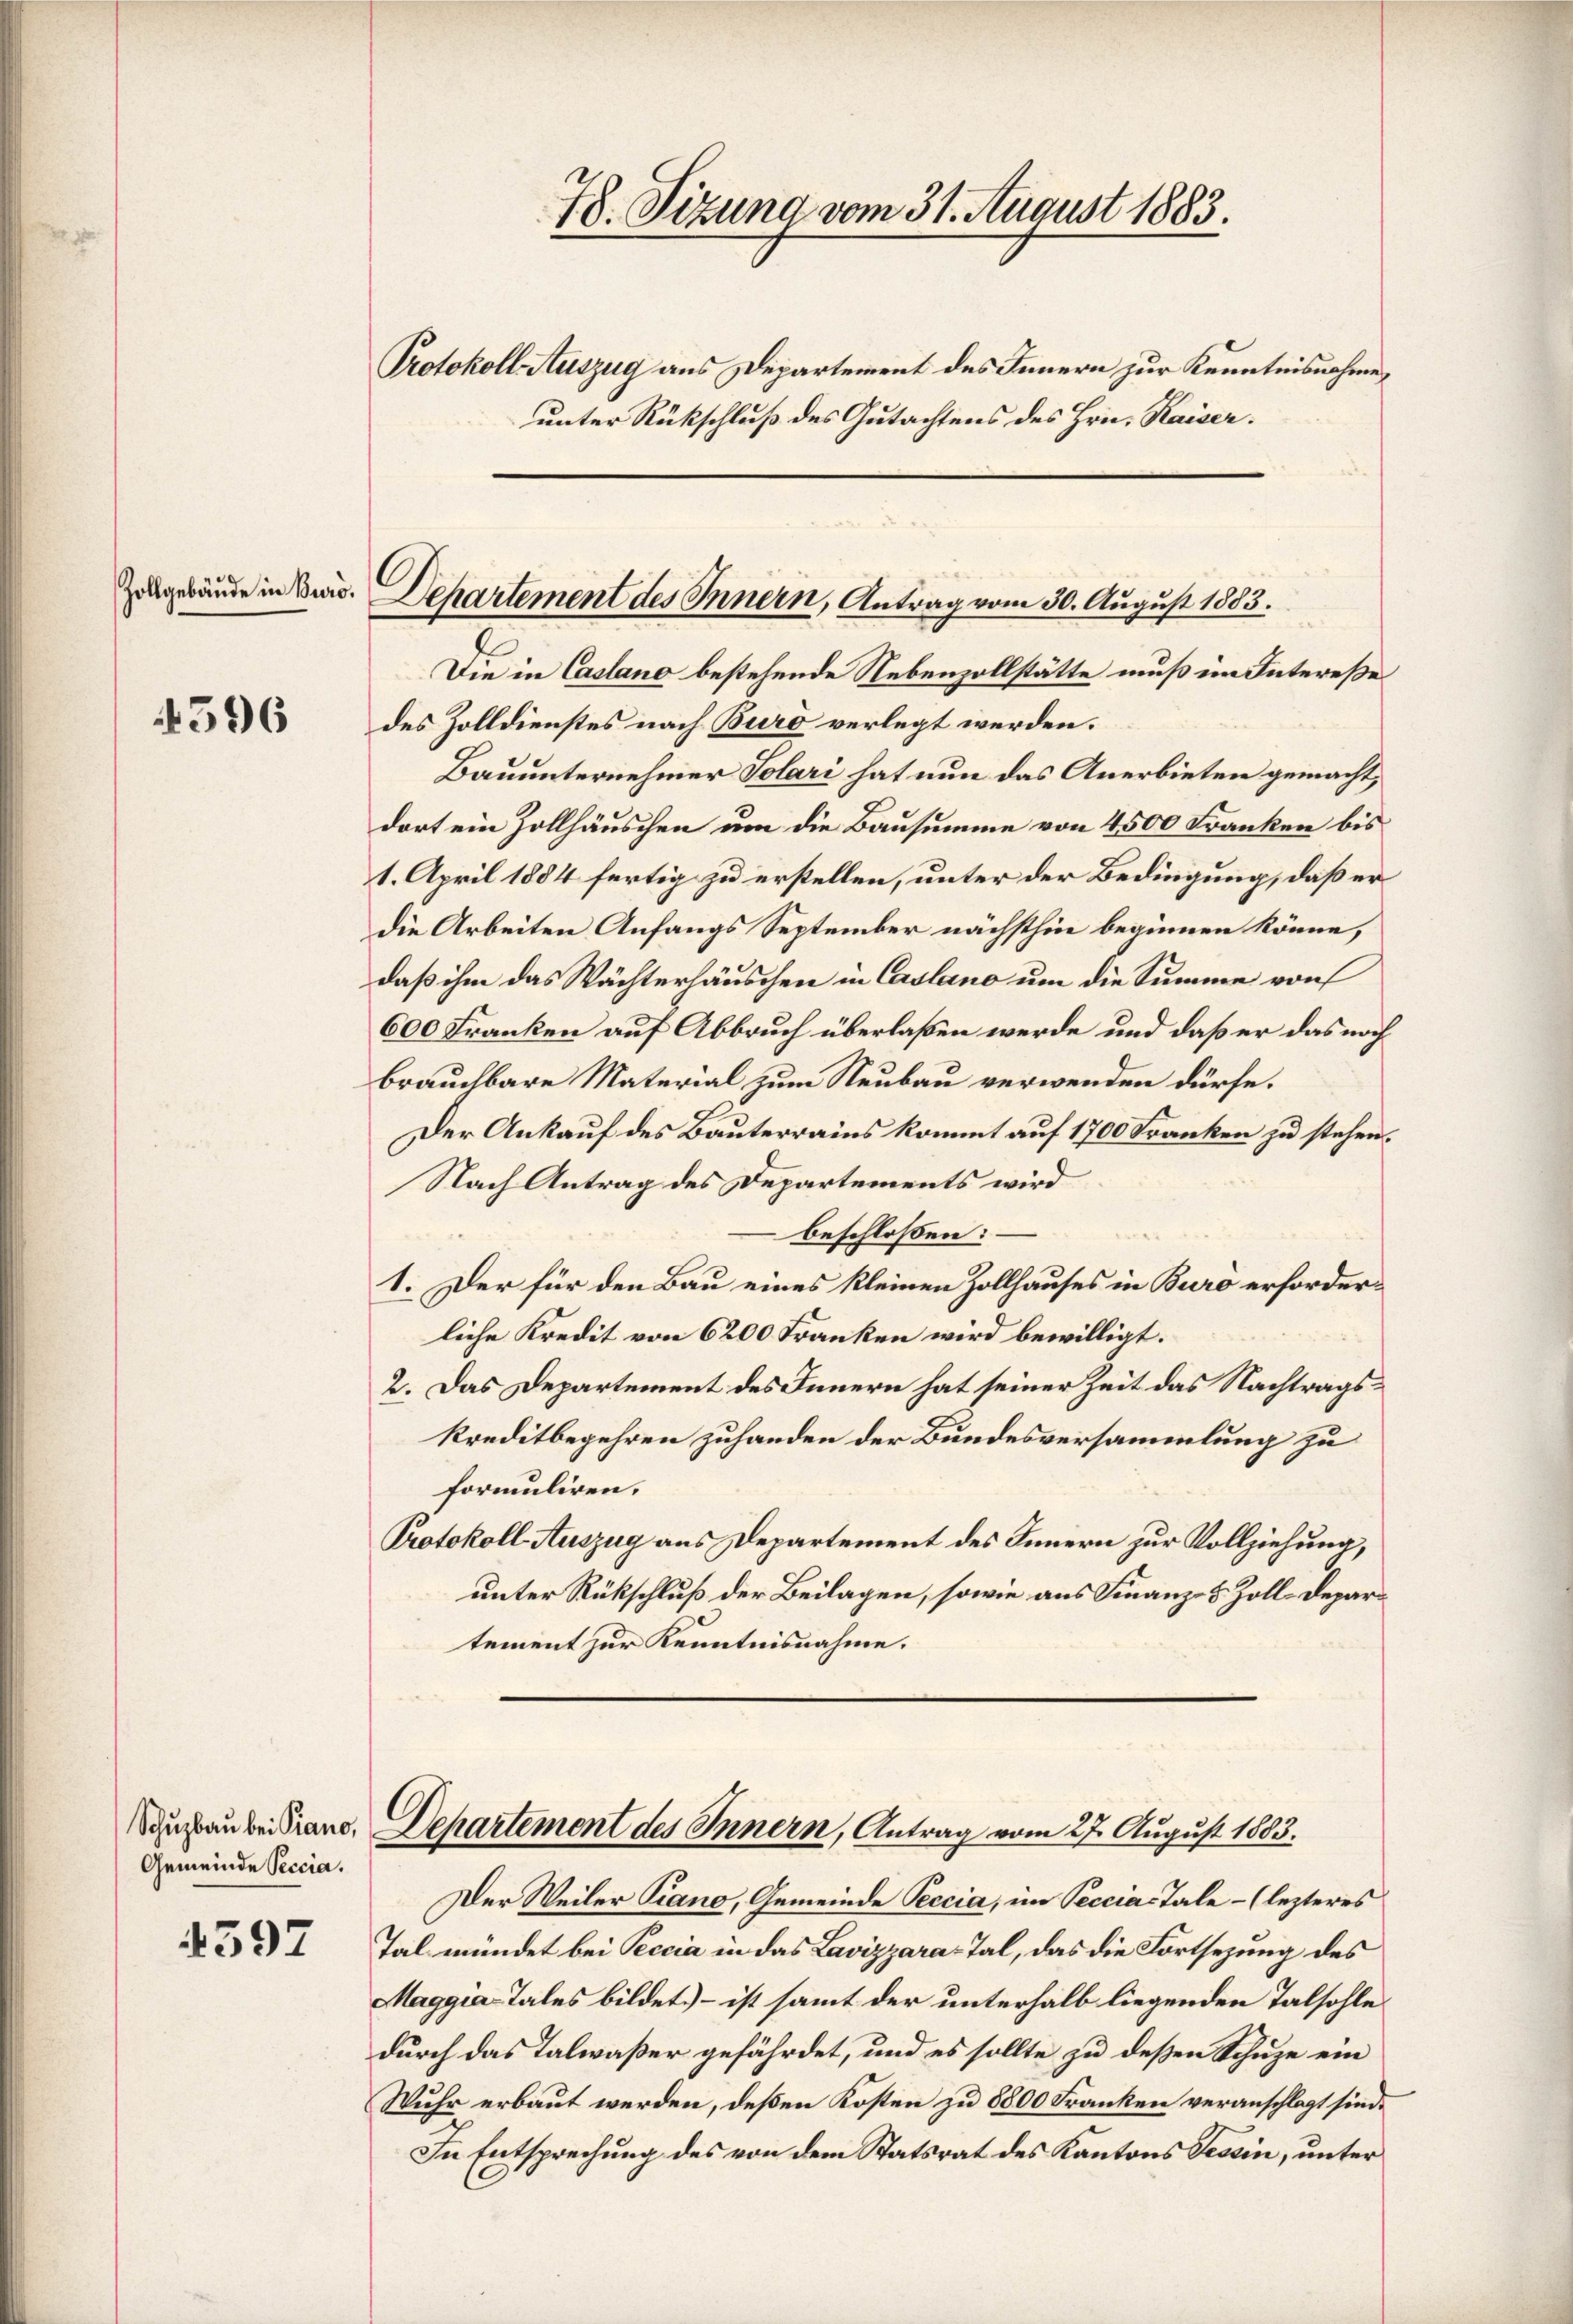
78. Sizung vom 31. August 1883.

Protokoll Auszug aus Departement des Innern zur Kenntnisnahme,
unter Rückschluß des Gutachtens des Hrn. Kaiser.

C
Zelgebäude in Duis. Departement des Innern, Antrag vom 30. August 1883.

Die in Castand bestehende Nebenzollstätte muß im Intereße
des Zolldienstes nach Buro verlegt werden.
Bauunternehmer Solari hat nun das Anerbieten gemacht,
dort ein Zollhäuschen um die Bausumme von 4500 Franken bis
1. April 1884 fertig zu erstellen, unter der Bedingung, daß er
die Arbeiten Anfangs September nächsthin beginnen könne,
daß ihm das Wächterhäuschen in Casano um die Summe von
600 Franken auf Abbruch überlaßen werde und daß er das noch
brauchbare Material zum Neubau verwenden dürfe.
Der Ankauf des Bauterrains kommt auf 1700 Franken zu stehen.
Nach Antrag des Departements wird
beschlossen:
1. Der für den Bau eines kleinen Zollhauses in Buró erforderliche Kredit von 6200 Franken wird bewilligt.
2. Das Departement des Innern hat seiner Zeit das Nachtragskreditbegehren zuhanden der Bundesversammlung zu
formuliren.
Protokoll Auszug aus Departement des Innern zur Vollziehung,
unter Rückschluß der Beilagen, sowie aus Finanz- & Zoll-Departement zur Kenntnisnahme.

4596

Departement des Innern, Antrag vom 27. August 1883.

Der Weiler Piano, Gemeinde Peccia, im Peccias Tale - (lezteres
Tal mündet bei Peccia in das Lavizzara-Tal, das die Fortsezung des
Maggia-Tales bildet) – ist samt der unterhalb liegenden Talsohle
durch das Talwaßer gefährdet, und es sollte zu deßen Schuze ein
Wuhr erbaut werden, deßen Kosten zu 8800 Franken veranschlagt sind.
In Entsprechung des von dem Statsrat des Kantons Tessin, unter
.

Schuzbau bei Piano,
Gemeinde Peccia.

4397